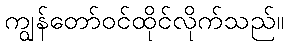
ကျွန်တော်ဝင်ထိုင်လိုက်သည်။